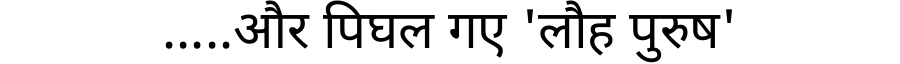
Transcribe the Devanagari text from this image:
.....और पिघल गए 'लौह पुरुष'